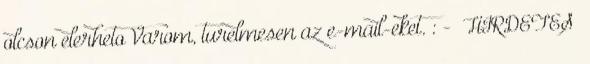
olcson elerheto Varom, turelmesen az e-mail-eket. : - HIRDETES